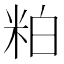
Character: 粕